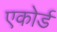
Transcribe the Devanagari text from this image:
एकोर्ड